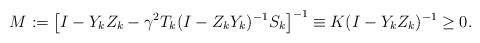
LaTeX: \begin{align*}M:=\left[I-Y_kZ_k - \gamma^2 T_k(I-Z_k Y_k)^{-1}S_k \right]^{-1} \equiv K (I-Y_k Z_k)^{-1} \ge 0. \end{align*}